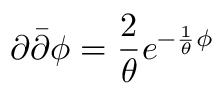
\partial { \bar { \partial } } \phi = \frac { 2 } { \theta } e ^ { - \frac { 1 } { \theta } \phi }